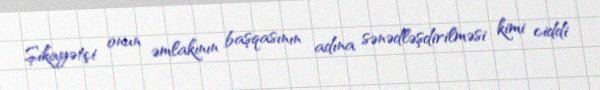
Şikayətçi onun əmlakının başqasının adına sənədləşdirilməsi kimi ciddi